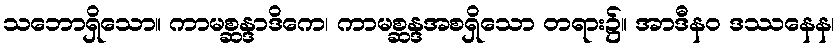
သဘောရှိသော။ ကာမစ္ဆန္ဒာဒိကေ၊ ကာမစ္ဆန္ဒအစရှိသော တရား၌။ အာဒီနဝ ဒဿနေန၊